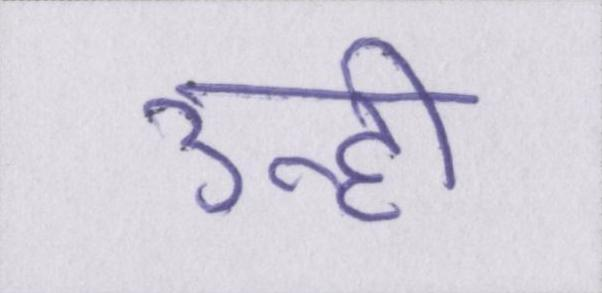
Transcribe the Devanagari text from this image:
उन्हीं